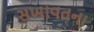
સખાવતના